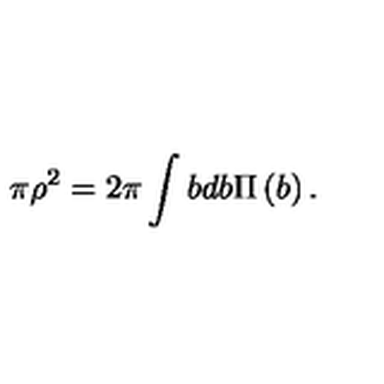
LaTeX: \pi \rho ^ { 2 } = 2 \pi \int b d b \Pi \left( b \right) .